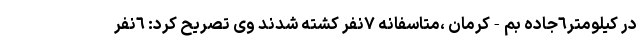
در کیلومتر٦جاده بم-کرمان ،متاسفانه ٧نفر کشته شدند وی تصریح کرد: ٦نفر